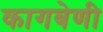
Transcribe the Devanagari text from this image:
कागबेणी